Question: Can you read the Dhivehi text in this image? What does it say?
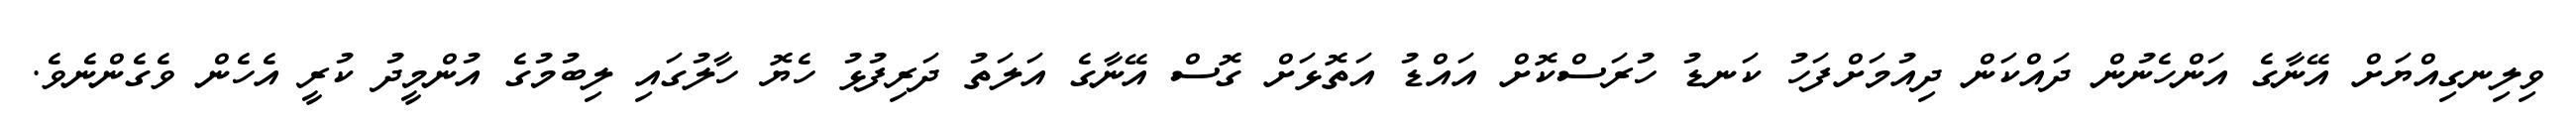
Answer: ވިލިނގިއްޔަށް އޭނާގެ އަންހެނުން ދައްކަން ދިއުމަށްފަހު ކަނޑު ހުރަސްކޮށް އައްޑު އަތޮޅަށް ގޮސް އޭނާގެ އަލަތު ދަރިފުޅު ހެޔޮ ހާލުގައި ލިބުމުގެ އުންމީދު ކުރީ އެހެން ވެގެންނެވެ.